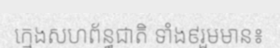
ក្មេងសហព័ន្ធជាតិ ទាំង៩រួមមាន៖